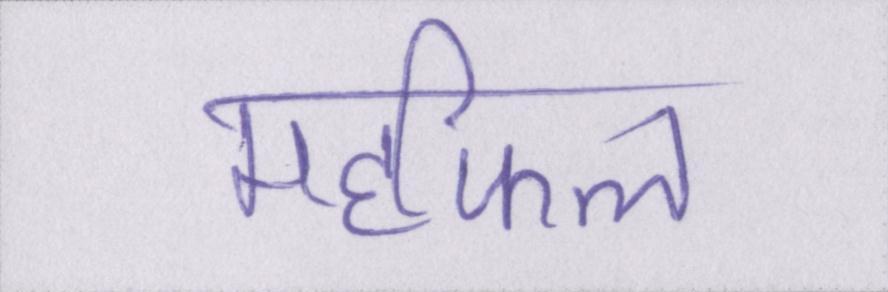
महफिल